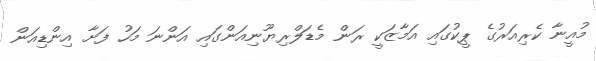
މުއީނާ ކެރިއަރުގެ ޕީކުގައި އަމާޒަކީ ރަން މެޑަލްރިޔޫނިއަންގައި އަންނަ މަހު ފަށާ އިންޑިއަން